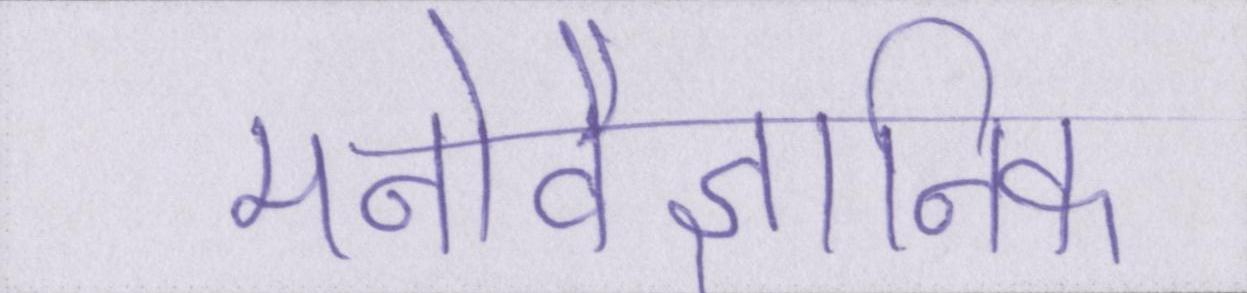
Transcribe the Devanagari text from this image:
मनोवैज्ञानिक